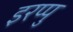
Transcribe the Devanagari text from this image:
इरप्पु